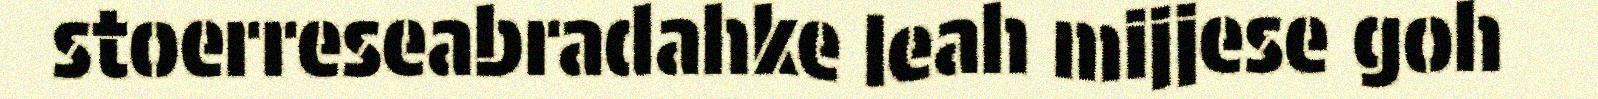
stoerreseabradahke leah mijjese goh